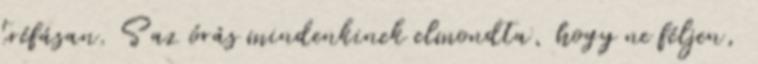
tréfásan. S az órás mindenkinek elmondta, hogy ne féljen,